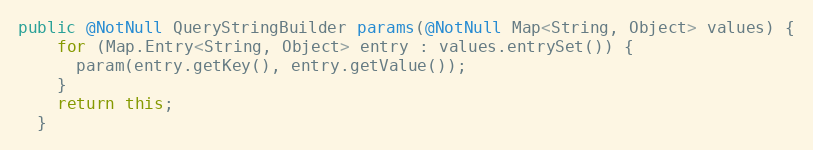
Language: Java
public @NotNull QueryStringBuilder params(@NotNull Map<String, Object> values) {
    for (Map.Entry<String, Object> entry : values.entrySet()) {
      param(entry.getKey(), entry.getValue());
    }
    return this;
  }